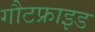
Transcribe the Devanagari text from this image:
गौटफ्राइड